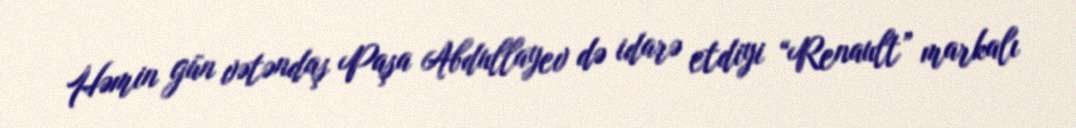
Həmin gün vətəndaş Paşa Abdullayev də idarə etdiyi “Renault” markalı